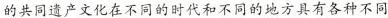
的共同遗产文化在不同的时代和不同的地方具有各种不同